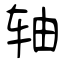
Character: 轴